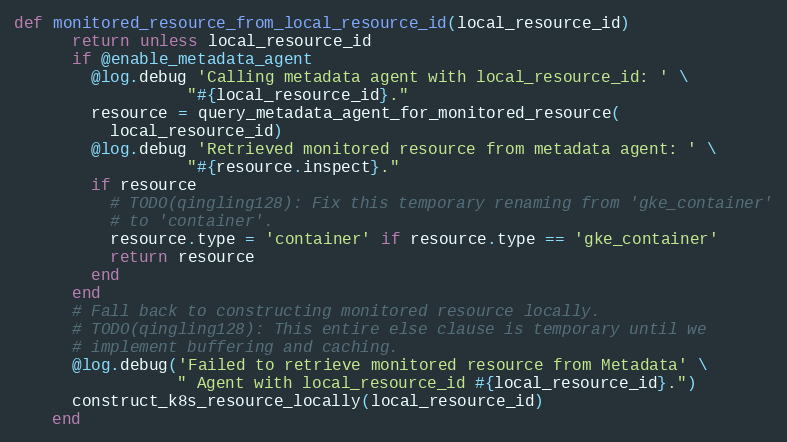
Language: Ruby
def monitored_resource_from_local_resource_id(local_resource_id)
      return unless local_resource_id
      if @enable_metadata_agent
        @log.debug 'Calling metadata agent with local_resource_id: ' \
                  "#{local_resource_id}."
        resource = query_metadata_agent_for_monitored_resource(
          local_resource_id)
        @log.debug 'Retrieved monitored resource from metadata agent: ' \
                  "#{resource.inspect}."
        if resource
          # TODO(qingling128): Fix this temporary renaming from 'gke_container'
          # to 'container'.
          resource.type = 'container' if resource.type == 'gke_container'
          return resource
        end
      end
      # Fall back to constructing monitored resource locally.
      # TODO(qingling128): This entire else clause is temporary until we
      # implement buffering and caching.
      @log.debug('Failed to retrieve monitored resource from Metadata' \
                 " Agent with local_resource_id #{local_resource_id}.")
      construct_k8s_resource_locally(local_resource_id)
    end